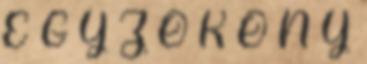
E G Y Z Ő K Ö N Y